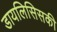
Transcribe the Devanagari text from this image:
डायलिसिसकी